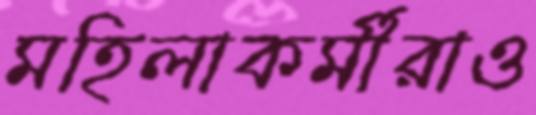
মহিলাকর্মীরাও